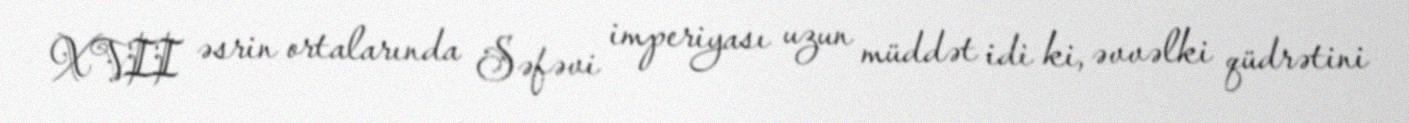
XVII əsrin ortalarında Səfəvi imperiyası uzun müddət idi ki, əvvəlki qüdrətini